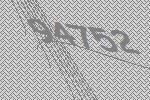
94752